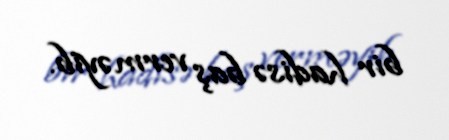
bir hadisə baş verməyib.